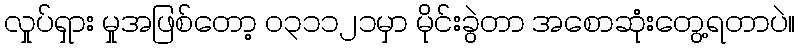
လှုပ်ရှား မှုအဖြစ်တော့ ၀၃၁၁၂၁မှာ မိုင်းခွဲတာ အစောဆုံးတွေ့ရတာပဲ။